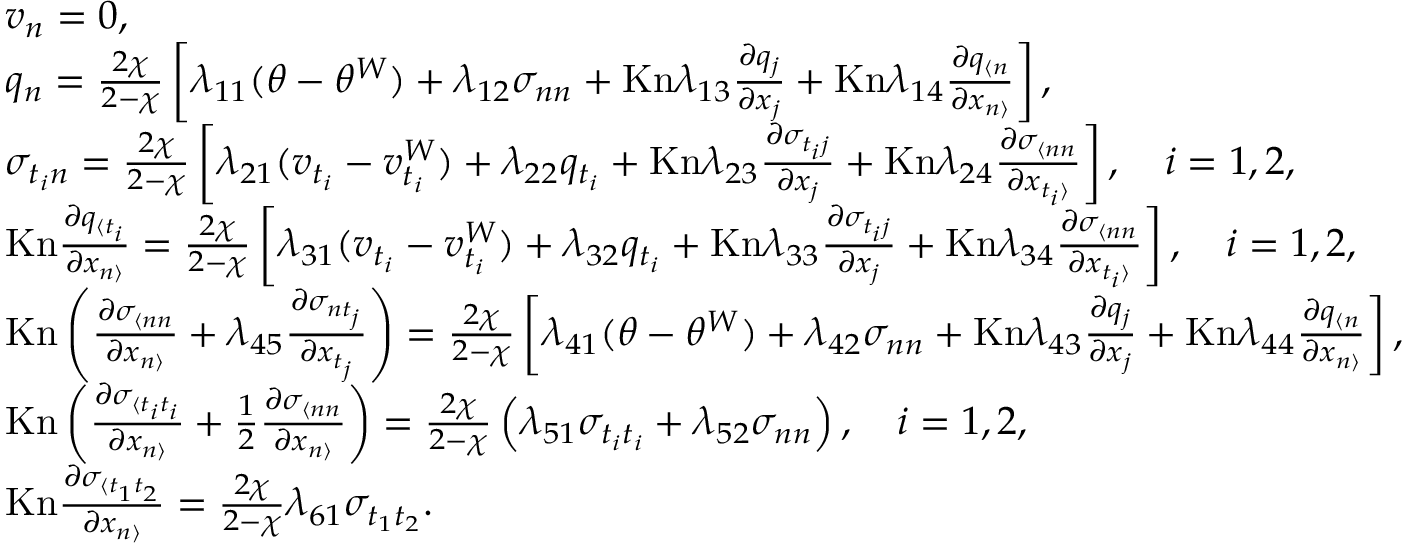
\begin{array} { r l } & { v _ { n } = 0 , } \\ & { q _ { n } = \frac { 2 \chi } { 2 - \chi } \left[ \lambda _ { 1 1 } ( \theta - \theta ^ { W } ) + \lambda _ { 1 2 } \sigma _ { n n } + \mathrm { K n } \lambda _ { 1 3 } \frac { \partial q _ { j } } { \partial x _ { j } } + \mathrm { K n } \lambda _ { 1 4 } \frac { \partial q _ { \langle n } } { \partial x _ { n \rangle } } \right] , } \\ & { \sigma _ { t _ { i } n } = \frac { 2 \chi } { 2 - \chi } \left[ \lambda _ { 2 1 } ( v _ { t _ { i } } - v _ { t _ { i } } ^ { W } ) + \lambda _ { 2 2 } q _ { t _ { i } } + \mathrm { K n } \lambda _ { 2 3 } \frac { \partial \sigma _ { t _ { i } j } } { \partial x _ { j } } + \mathrm { K n } \lambda _ { 2 4 } \frac { \partial \sigma _ { \langle n n } } { \partial x _ { t _ { i } \rangle } } \right] , \quad i = 1 , 2 , } \\ & { \mathrm { K n } \frac { \partial q _ { \langle t _ { i } } } { \partial x _ { n \rangle } } = \frac { 2 \chi } { 2 - \chi } \left[ \lambda _ { 3 1 } ( v _ { t _ { i } } - v _ { t _ { i } } ^ { W } ) + \lambda _ { 3 2 } q _ { t _ { i } } + \mathrm { K n } \lambda _ { 3 3 } \frac { \partial \sigma _ { t _ { i } j } } { \partial x _ { j } } + \mathrm { K n } \lambda _ { 3 4 } \frac { \partial \sigma _ { \langle n n } } { \partial x _ { t _ { i } \rangle } } \right] , \quad i = 1 , 2 , } \\ & { \mathrm { K n } \left( \frac { \partial \sigma _ { \langle n n } } { \partial x _ { n \rangle } } + \lambda _ { 4 5 } \frac { \partial \sigma _ { n t _ { j } } } { \partial x _ { t _ { j } } } \right) = \frac { 2 \chi } { 2 - \chi } \left[ \lambda _ { 4 1 } ( \theta - \theta ^ { W } ) + \lambda _ { 4 2 } \sigma _ { n n } + \mathrm { K n } \lambda _ { 4 3 } \frac { \partial q _ { j } } { \partial x _ { j } } + \mathrm { K n } \lambda _ { 4 4 } \frac { \partial q _ { \langle n } } { \partial x _ { n \rangle } } \right] , } \\ & { \mathrm { K n } \left( \frac { \partial \sigma _ { \langle t _ { i } t _ { i } } } { \partial x _ { n \rangle } } + \frac { 1 } { 2 } \frac { \partial \sigma _ { \langle n n } } { \partial x _ { n \rangle } } \right) = \frac { 2 \chi } { 2 - \chi } \left( \lambda _ { 5 1 } \sigma _ { t _ { i } t _ { i } } + \lambda _ { 5 2 } \sigma _ { n n } \right) , \quad i = 1 , 2 , } \\ & { \mathrm { K n } \frac { \partial \sigma _ { \langle t _ { 1 } t _ { 2 } } } { \partial x _ { n \rangle } } = \frac { 2 \chi } { 2 - \chi } \lambda _ { 6 1 } \sigma _ { t _ { 1 } t _ { 2 } } . } \end{array}